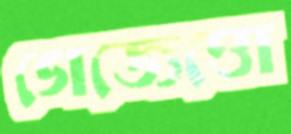
গেজেত্তো